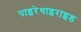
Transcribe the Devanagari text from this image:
पाइरेथाइराइड